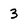
Character: 3